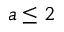
a \le 2